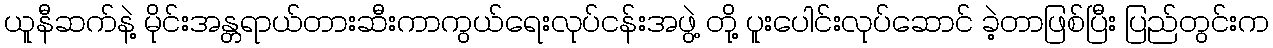
ယူနီဆက်နဲ့ မိုင်းအန္တရာယ်တားဆီးကာကွယ်ရေးလုပ်ငန်းအဖွဲ့ တို့ ပူးပေါင်းလုပ်ဆောင် ခဲ့တာဖြစ်ပြီး ပြည်တွင်းက